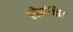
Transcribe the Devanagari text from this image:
रोमंचित